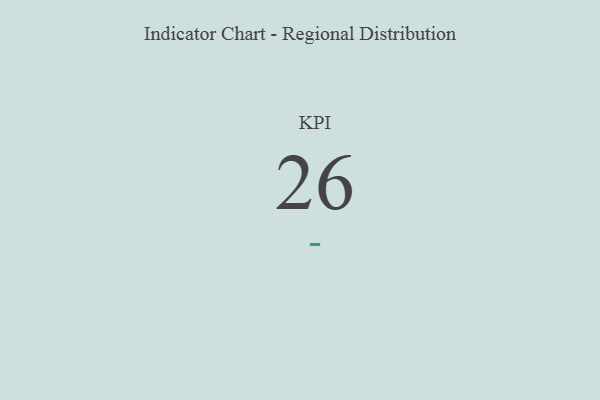
{"axis": {"x": "KPI", "y": "Value"}, "legend": [""], "data": [{"x": "KPI", "y": 26, "type": ""}]}